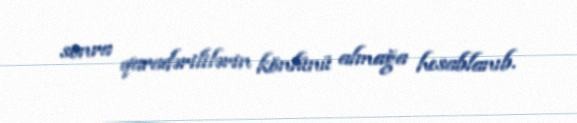
sonra qaradərililərin könlünü almağa hesablanıb.